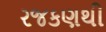
રજકણથી